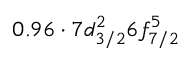
0 . 9 6 \cdot 7 d _ { 3 / 2 } ^ { 2 } 6 f _ { 7 / 2 } ^ { 5 }